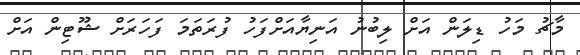
މާޗު މަހު ޑިލަން އަށް ލިބުނު އަނިޔާއަށްފަހު ފުރަތަމަ ފަހަރަށް ޝޫޓިން އަށް